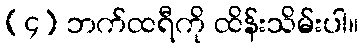
(၄) ဘက်ထရီကို ထိန်းသိမ်းပါ။